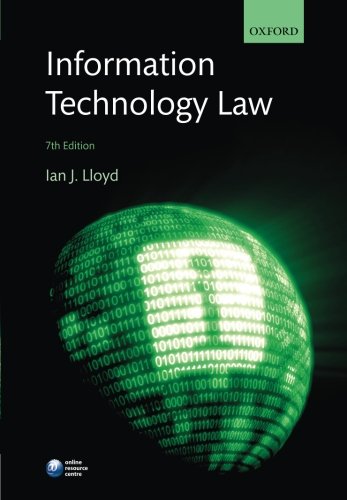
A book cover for Information Technology Law; Ian Lloyd; Computers & Technology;